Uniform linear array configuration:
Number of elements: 24
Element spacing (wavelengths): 0.75
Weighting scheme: kaiser
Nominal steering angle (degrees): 60
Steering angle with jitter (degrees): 58.595
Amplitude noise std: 0.05
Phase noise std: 0.05

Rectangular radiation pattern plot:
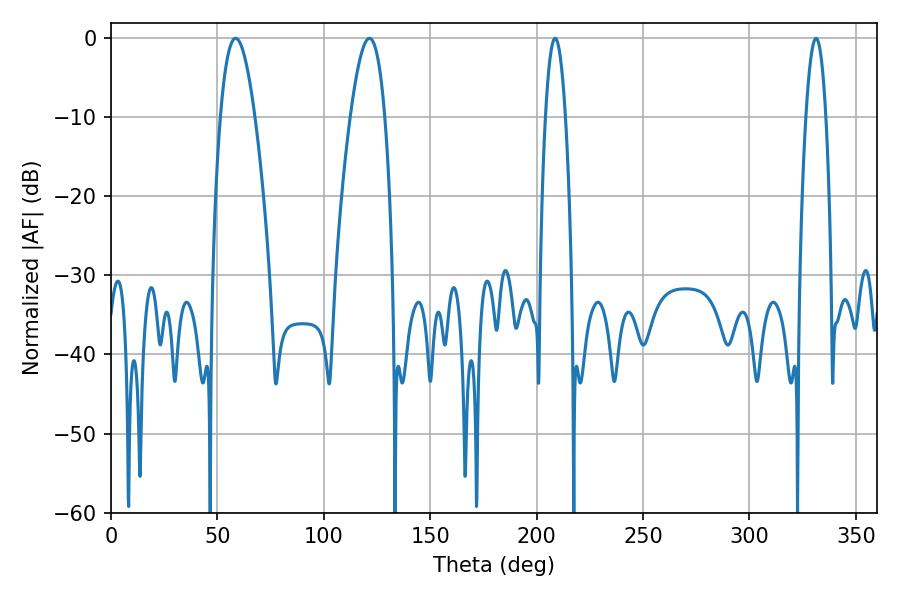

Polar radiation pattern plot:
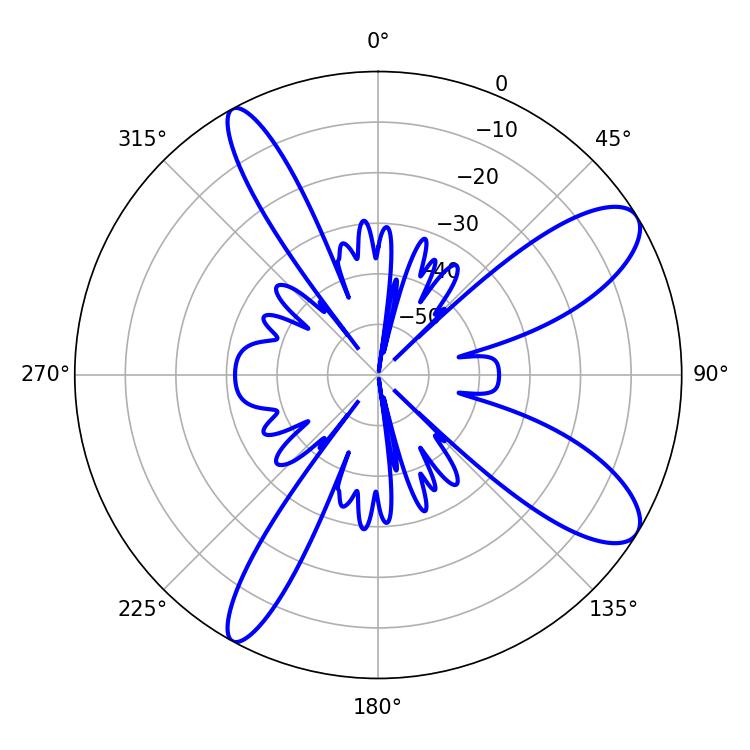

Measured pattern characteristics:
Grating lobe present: TRUE
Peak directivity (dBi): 10.18
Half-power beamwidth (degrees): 9
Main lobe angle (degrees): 121.5